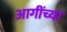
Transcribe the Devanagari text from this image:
आगींच्या